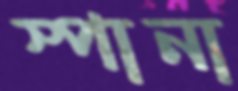
স্পানা